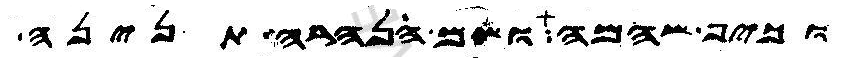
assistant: וכיף שהמה ושם נהרה תנינה